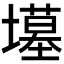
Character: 𫮲